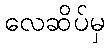
လေဆိပ်မှ